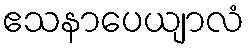
ဧသနာပေယျာလံ